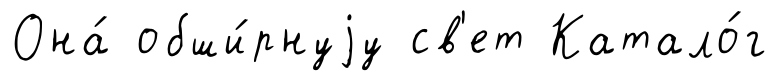
Она́ обши́рнуjу св'ет Катало́г